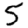
Digit: 5